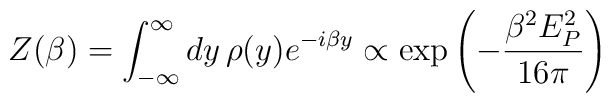
Z(\beta) = \int_{-\infty}^\infty dy\, \rho(y) e^{-i\beta y} \propto \exp\left( - {\beta^2 E_P^2\over 16\pi}\right)